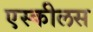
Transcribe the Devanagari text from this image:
एस्कीलस